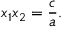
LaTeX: x _ { 1 } x _ { 2 } = { \frac { c } { a } } .